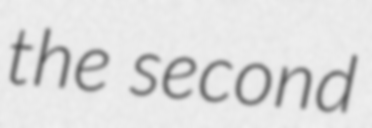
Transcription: the second